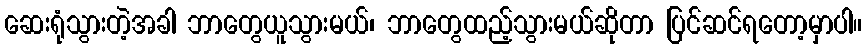
ဆေးရုံသွားတဲ့အခါ ဘာတွေယူသွားမယ်၊ ဘာတွေထည့်သွားမယ်ဆိုတာ ပြင်ဆင်ရတော့မှာပါ။